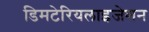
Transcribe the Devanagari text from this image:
डिमटेरियलाइजेशन